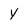
Character: y